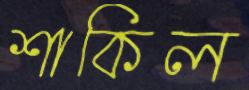
শাকিল